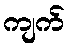
ကျက်